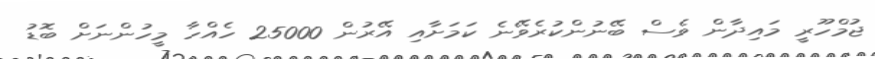
ޖުމްހޫރީ މައިދާން ވެސް ބޭނުންކުރެވޭނެ ކަމަށާއި އޭރުން 25000 ހެއްހާ މީހުންނަށް ބޮޑު